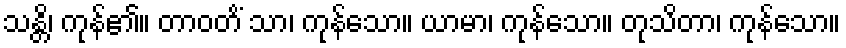
သန္တိ၊ ကုန်၏။ တာဝတိံ သာ၊ ကုန်သော။ ယာမာ၊ ကုန်သော။ တုသိတာ၊ ကုန်သော။